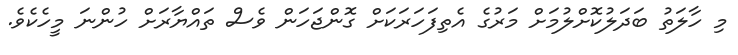
މި ހާލަތު ބަދަލުކޮށްލުމަށް މަރުގެ އެތިފަހަރަކަށް ގޮންޖަހަން ވެސް ތައްޔާރަށް ހުންނަ މީހެކެވެ.